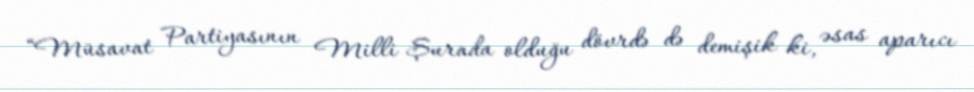
“Müsavat Partiyasının Milli Şurada olduğu dövrdə də demişik ki, əsas aparıcı